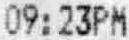
09:23PM